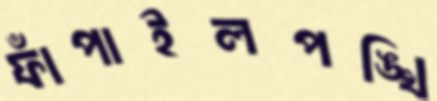
ফাঁপাইলপঙ্খি